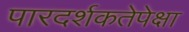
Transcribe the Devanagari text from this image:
पारदर्शकतेपेक्षा